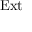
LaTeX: \mathrm { E x t }